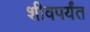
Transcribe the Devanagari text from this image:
शीवपर्यंत